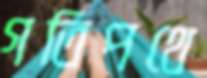
গতিপথে